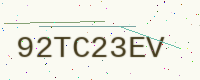
Text: 92TC23EV